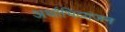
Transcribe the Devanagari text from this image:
अर्थाभिव्यंजन